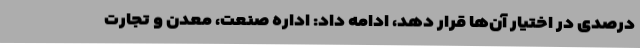
درصدی در اختیار آن‌ها قرار دهد، ادامه داد: اداره صنعت، معدن و تجارت